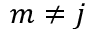
m \neq j